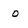
Character: o